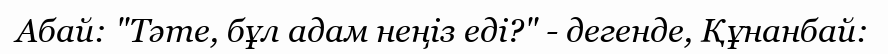
Абай: "Тәте, бұл адам неңіз еді?" - дегенде, Құнанбай: